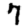
Digit: 7